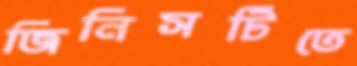
জিনিসটিতে